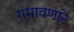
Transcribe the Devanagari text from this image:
गमावणारे